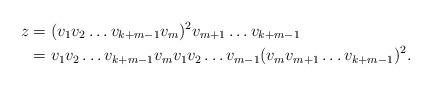
LaTeX: \begin{align*} z &= (v_1 v_2\dots v_{k+m-1} v_m)^2 v_{m+1}\dots v_{k+m-1} \\ &= v_1 v_2\dots v_{k+m-1} v_m v_1 v_2\dots v_{m-1}(v_m v_{m+1}\dots v_{k+m-1})^2. \end{align*}